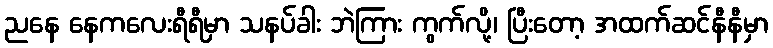
ညနေ နေကလေးရီရီမှာ သနပ်ခါး ဘဲကြား ကွက်လို့၊ ပြီးတော့ အထက်ဆင်နီနီမှာ